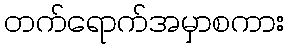
တက်ရောက်အမှာစကား